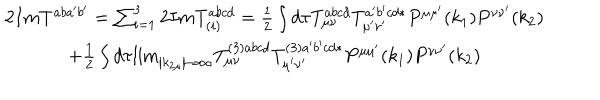
\begin{array} { c } { { 2 I m T _ { } ^ { a b a ^ { \prime } b ^ { \prime } } = \sum _ { i = 1 } ^ { 3 } 2 I m T _ { \left( i \right) } ^ { a b c d } = \frac 1 2 \int d \tau T _ { \mu \nu } ^ { a b c d } T _ { \mu ^ { \prime } \nu ^ { \prime } } ^ { a ^ { \prime } b ^ { \prime } c d * } P ^ { \mu \mu ^ { \prime } } ( k _ { 1 } ) P ^ { \nu \nu ^ { \prime } } ( k _ { 2 } ) } } \\ { { + \frac 1 2 \int d \tau { \lim _ { \left| k _ { 2 \mu } \right| \rightarrow \infty } } T _ { \mu \nu } ^ { ( 3 ) a b c d } T _ { \mu ^ { \prime } \nu ^ { \prime } } ^ { ( 3 ) a ^ { \prime } b ^ { \prime } c d * } P ^ { \mu \mu ^ { \prime } } ( k _ { 1 } ) P ^ { \nu \nu ^ { \prime } } ( k _ { 2 } ) _ { } } } \\ \end{array}